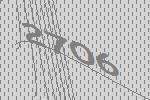
2706